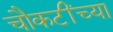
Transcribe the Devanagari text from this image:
चौकटींच्या